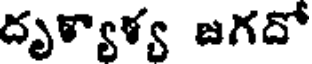
దృళ్యాళ్య జగదో